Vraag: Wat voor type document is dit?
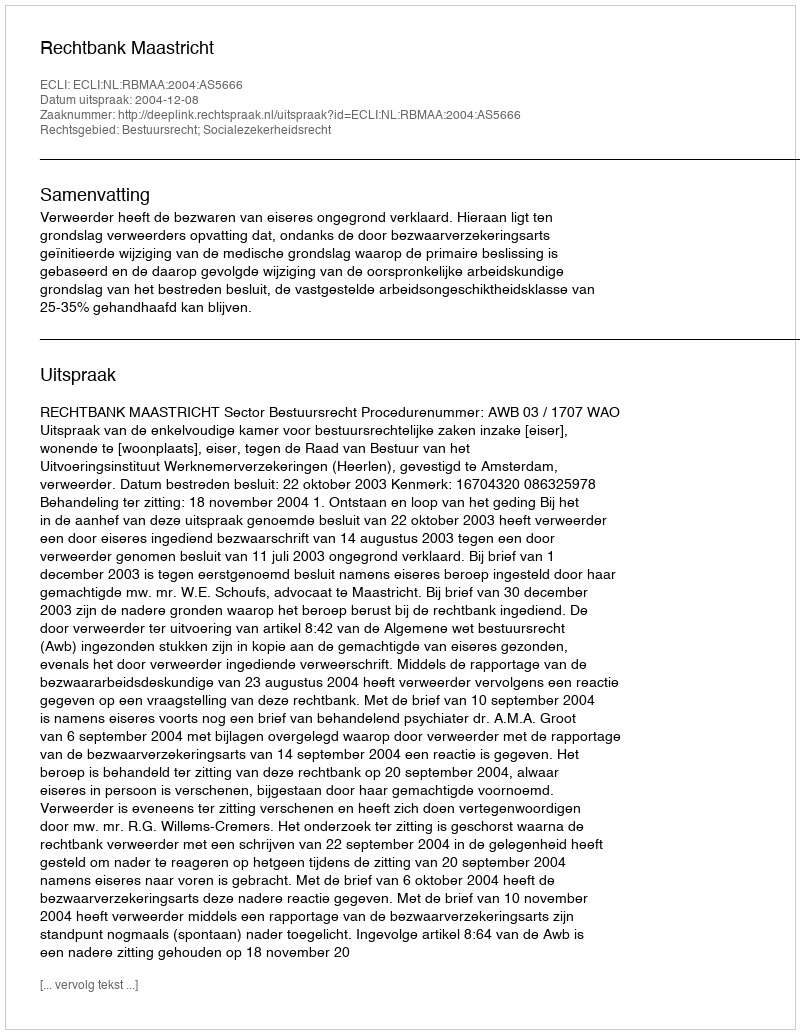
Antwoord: Uitspraak